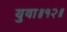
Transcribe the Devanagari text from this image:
युवा॥१२॥